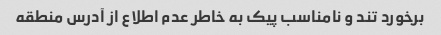
برخورد تند و نامناسب پیک به خاطر عدم اطلاع از آدرس منطقه